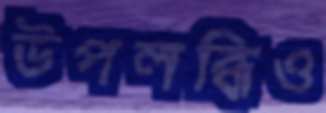
উপলব্ধিও